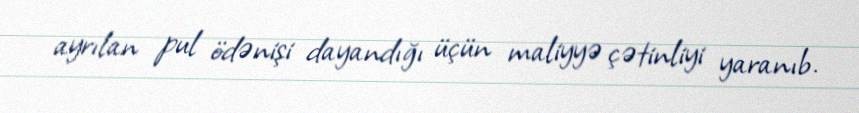
ayrılan pul ödənişi dayandığı üçün maliyyə çətinliyi yaranıb.